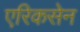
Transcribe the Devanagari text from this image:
एरिकसेन